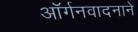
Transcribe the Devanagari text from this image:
ऑर्गनवादनाने